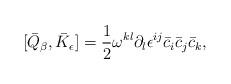
LaTeX: \begin{align*}[\bar Q_{\beta}, \bar K_{\epsilon}]= \frac{1}{2}\omega^{kl}\partial_l\epsilon^{ij}\bar c_i\bar c_j\bar c_k,\end{align*}